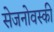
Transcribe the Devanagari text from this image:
सेजनोवस्की